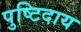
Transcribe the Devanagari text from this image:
पुष्टिदाय